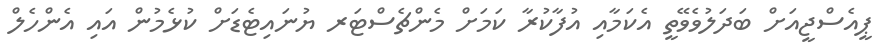
ޕީއެސްޖީއަށް ބަދަލުވެވޭތީ އެކަމާއި އުފާކުރާ ކަމަށް މެންޗެސްޓަރ ޔުނައިޓެޑަށް ކުޅެމުން އައި އެންހެލް